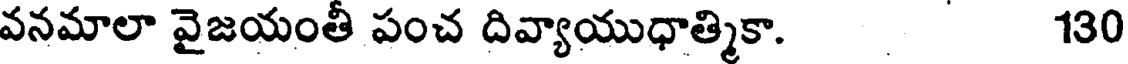
వనమాలా వైజయంతీ పంచ దివ్యాయుధాత్మికా. 130